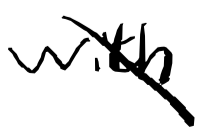
Text: with
Cross-out: diagonal
Writing tool: digital_black